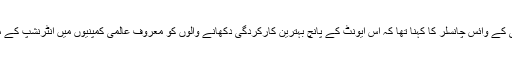
مولانا آزاد نیشنل اردو یونیورسٹی کے وائس چانسلر کا کہنا تھا کہ اس ایونٹ کے پانچ بہترین کارکردگی دکھانے والوں کو معروف عالمی کمپنیوں میں انٹرنشپ کے مواقع بھی فراہم کئیے جائیں گے۔